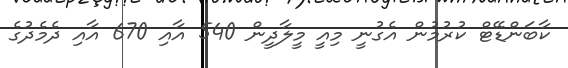
ކާބަންޑޭޓް ކުރުމުން އެގުނީ މިއީ މީލާދީން 540 އާއި 670 އާއި ދެމެދުގެ